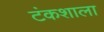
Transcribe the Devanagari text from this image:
टंकशाला